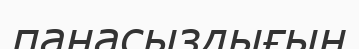
панасыздығын